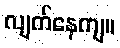
လျက်နေကျ။